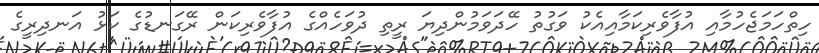
ހިތްހަމަޖެހުމާއި އުފާވެރިކަމާއިއެކު ވަގުތު ހޭދަވަމުންދިޔަ ރީތި ދުވަހެއްގެ އުފާވެރިކަން ރޭގަނޑުގެ ކަޅު އަނދިރީގެ